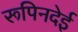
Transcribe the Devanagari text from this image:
रूपिनदेई